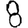
Digit: 8